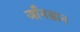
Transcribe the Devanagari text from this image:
जाँनसान